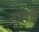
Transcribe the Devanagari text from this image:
सूर्यषष्ठी